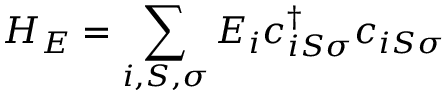
H _ { E } = \sum _ { i , S , \sigma } E _ { i } c _ { i S \sigma } ^ { \dagger } c _ { i S \sigma }